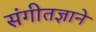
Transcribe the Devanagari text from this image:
संगीतज्ञाने